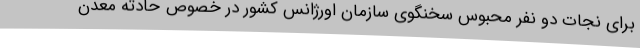
برای نجات دو نفر محبوس سخنگوی سازمان اورژانس کشور در خصوص حادثه معدن